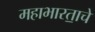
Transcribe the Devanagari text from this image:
महाभारता॒चे